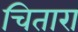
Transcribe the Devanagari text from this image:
चितारा